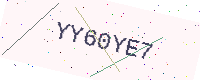
Text: YY60YE7